Proceedings of the meeting of veterinary officers in India
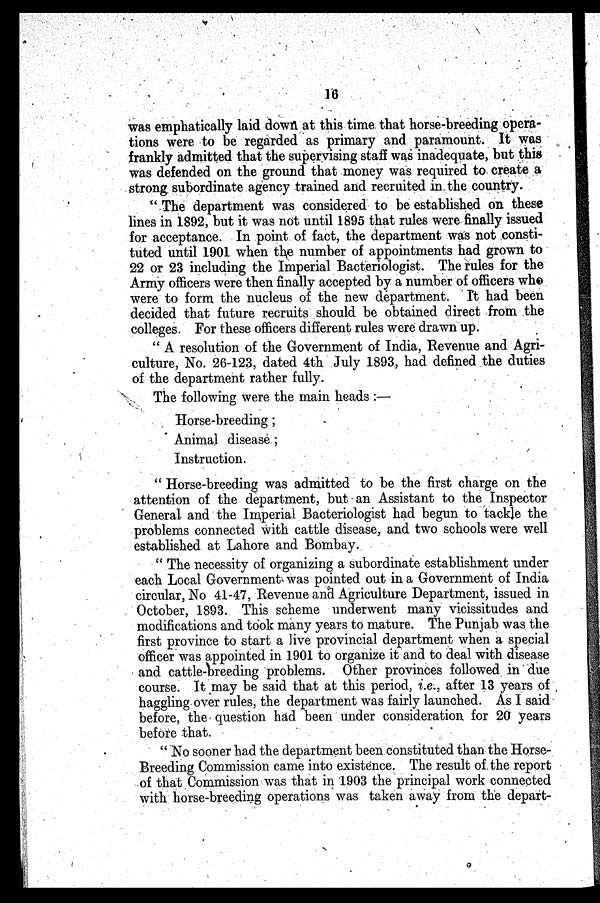
16
was emphatically laid down at this time that horse-breeding opera-
tions were to be regarded as primary and paramount. It was
frankly admitted that the supervising staff was inadequate, but this
was defended on the ground that money was required to create a
strong subordinate agency trained and recruited in the country.
" The department was considered to be established on these
lines in 1892, but it was not until 1895 that rules were finally issued
for acceptance. In point of fact, the department was not consti-
tuted until 1901 when the number of appointments had grown to
22 or 23 including the Imperial Bacteriologist. The rules for the
Army officers were then finally accepted by a number of officers who
were to form the nucleus of the new department. It had been
decided that future recruits should be obtained direct from the
colleges. For these officers different rules were drawn up.
" A resolution of the Government of India, Revenue and Agri-
culture, No. 26-123, dated 4th July 1893, had defined the duties
of the department rather fully.
The following were the main heads :—
Horse-breeding ;
Animal disease ;
Instruction.
" Horse-breeding was admitted to be the first charge on the
attention of the department, but an Assistant to the Inspector
General and the Imperial Bacteriologist had begun to tackle the
problems connected with cattle disease, and two schools were well
established at Lahore and Bombay.
" The necessity of organizing a subordinate establishment under
each Local Government was pointed out in a Government of India
circular, No 41-47, Revenue and Agriculture Department, issued in
October, 1893. This scheme underwent many vicissitudes and
modifications and took many years to mature. The Punjab was the
first province to start a live provincial department when a special
officer was appointed in 1901 to organize it and to deal with disease
and cattle-breeding problems. Other provinces followed in due
course. It may be said that at this period, i.e., after 13 years of
haggling over rules, the department was fairly launched. As I said
before, the question had been under consideration for 20 years
before that.
" No sooner had the department been constituted than the Horse-
Breeding Commission came into existence. The result of the report
of that Commission was that in 1903 the principal work connected
with horse-breeding operations was taken away from the depart-